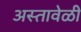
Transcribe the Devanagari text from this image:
अस्तावेळी